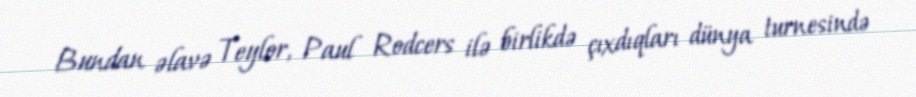
Bundan əlavə Teylor, Paul Rodcers ilə birlikdə çıxdıqları dünya turnesində